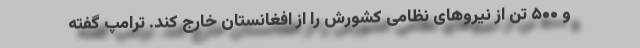
و ۵۰۰ تن از نیروهای نظامی کشورش را از افغانستان خارج کند. ترامپ گفته